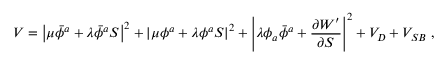
V = \left\vert \mu \bar { \phi } ^ { a } + \lambda \bar { \phi } ^ { a } S \right\vert ^ { 2 } + \left\vert \mu \phi ^ { a } + \lambda \phi ^ { a } S \right\vert ^ { 2 } + \left\vert \lambda \phi _ { a } \bar { \phi } ^ { a } + \frac { \partial W ^ { \prime } } { \partial S } \right\vert ^ { 2 } + V _ { D } + V _ { S B } \; ,